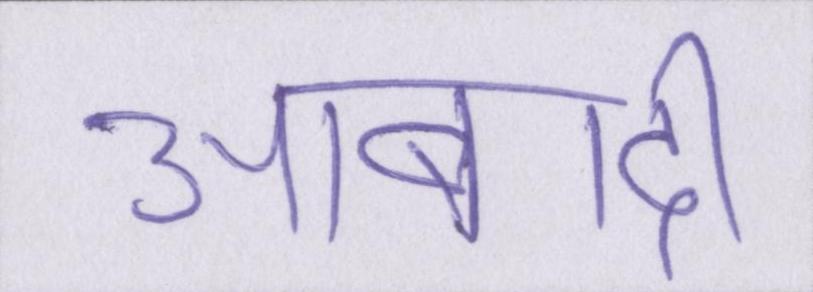
आबादी